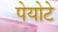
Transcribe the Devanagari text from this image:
पेयोटे